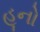
હૂનો